Trukikaitis_Postimees, lk 57
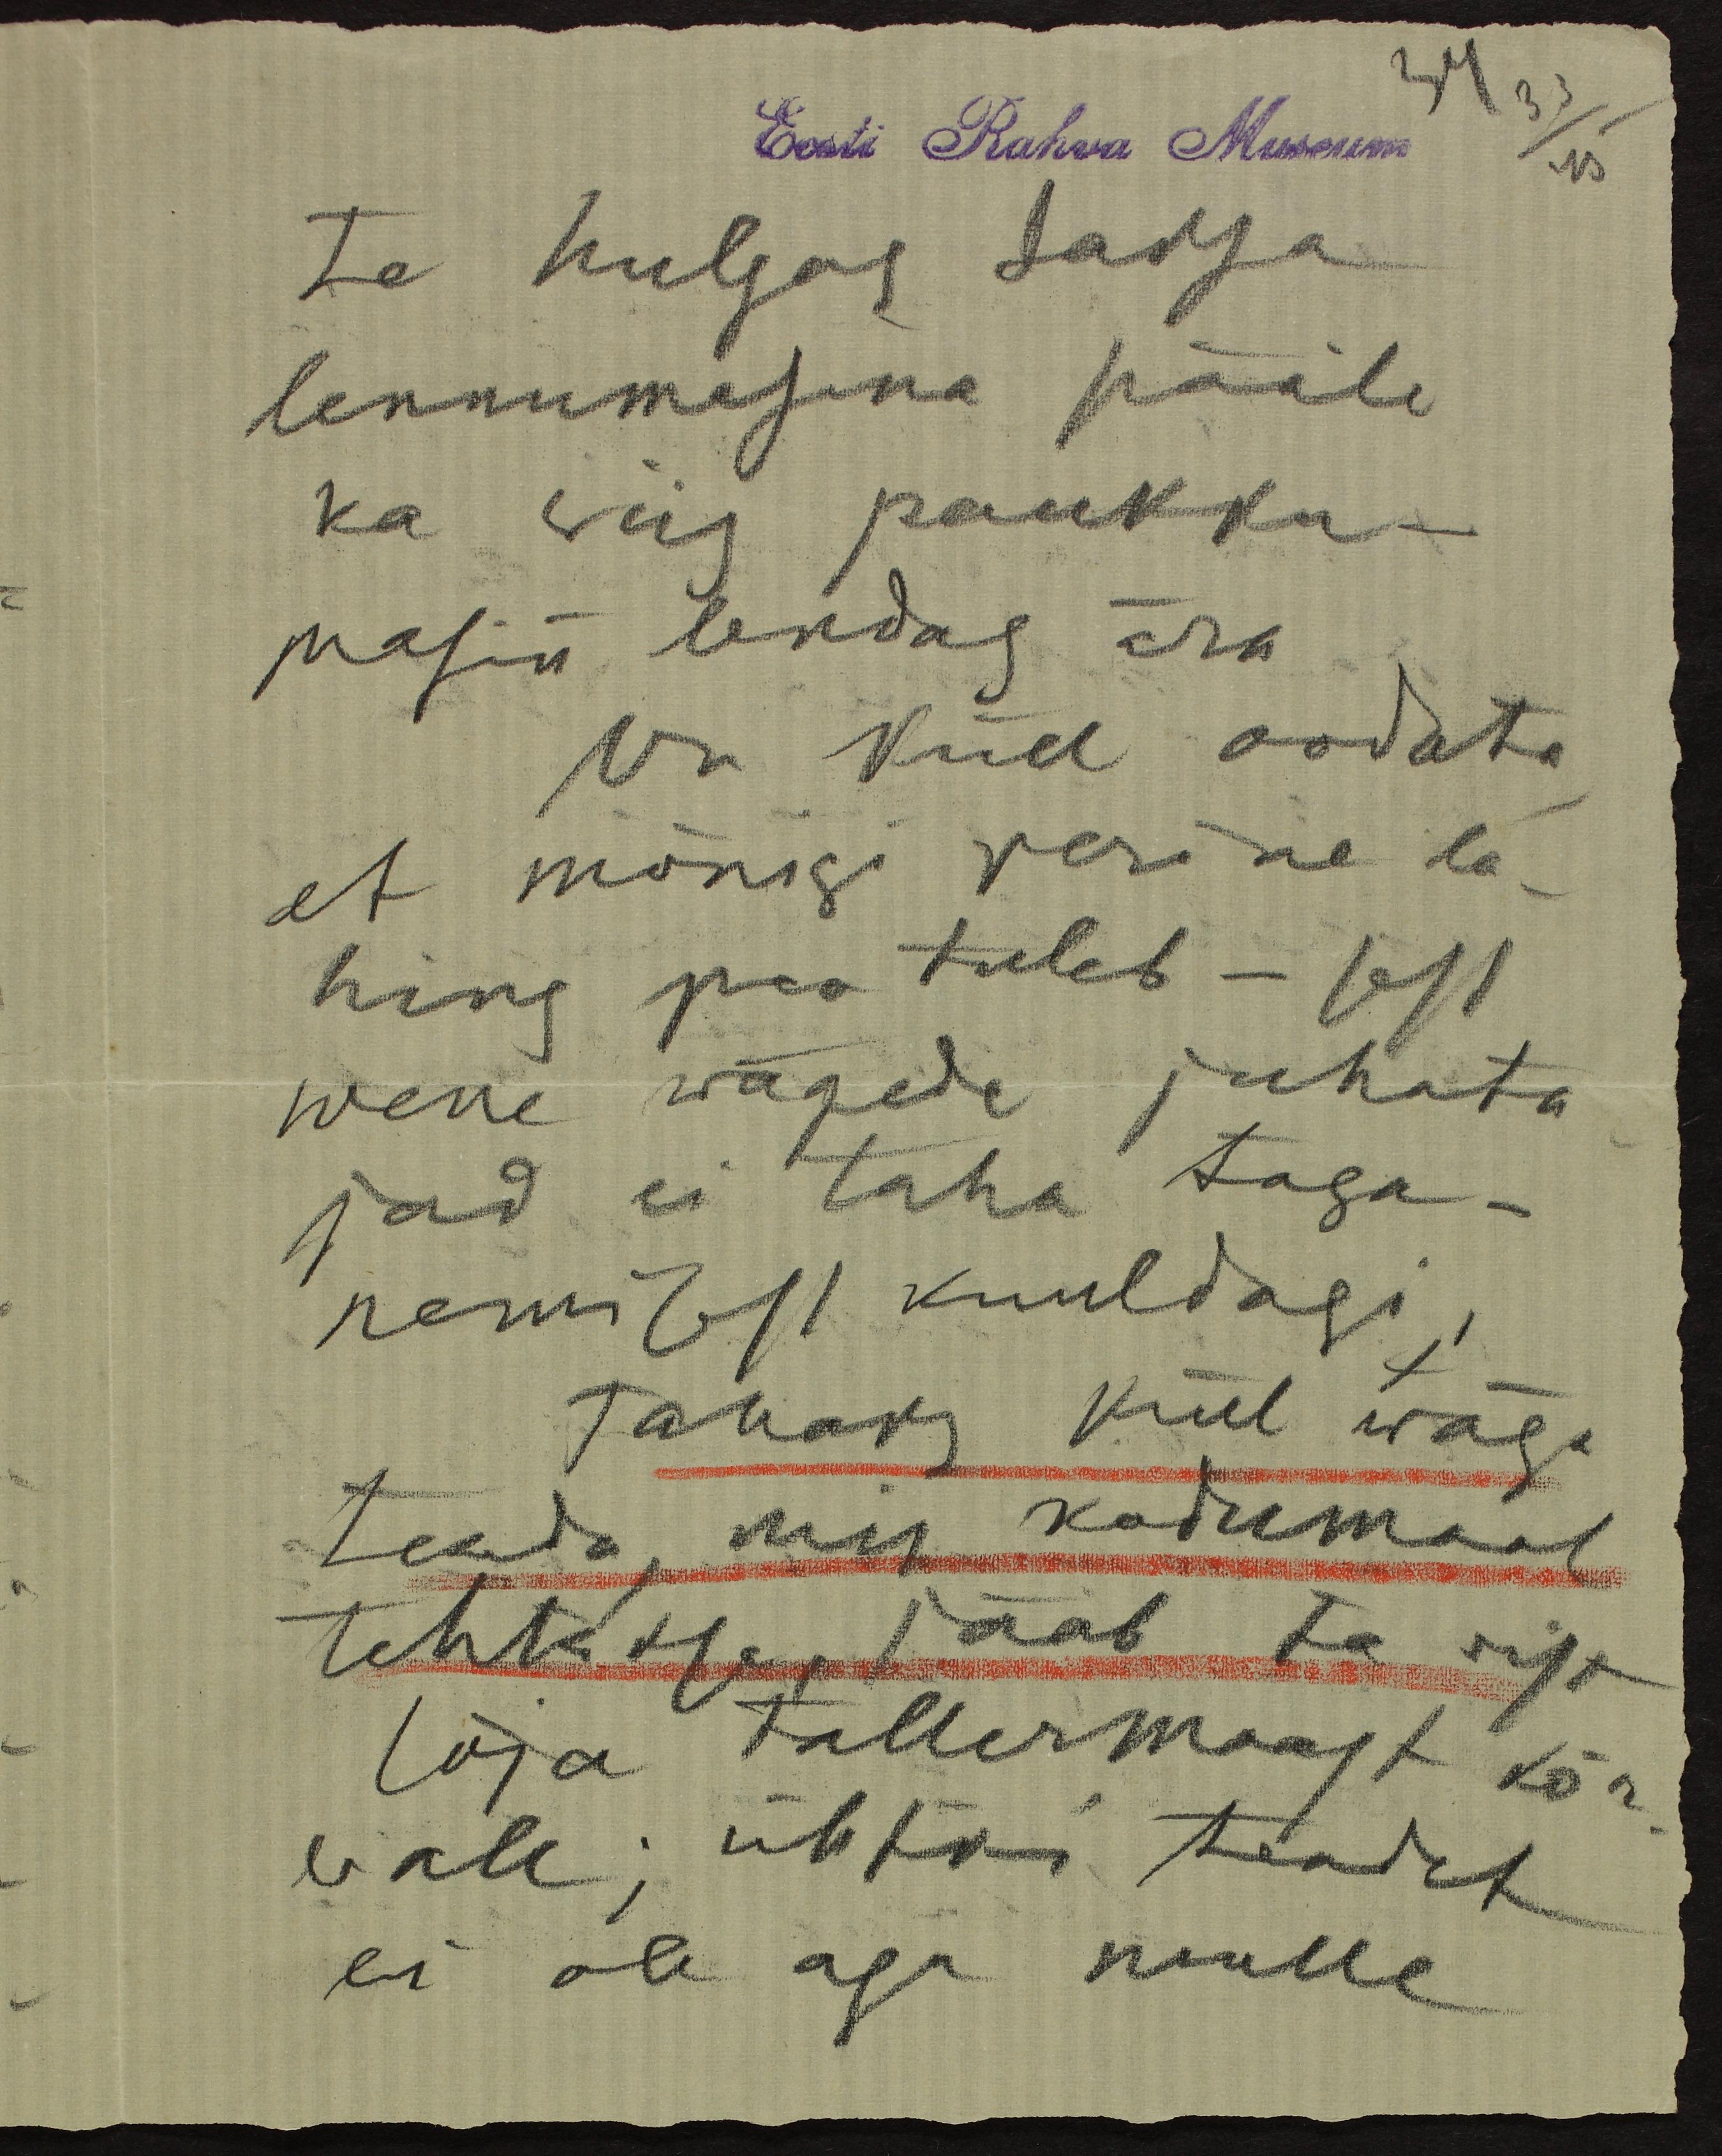
Eesti Rahva Museum
34 33
45
te hulgas saksa
lennumasina pääle
ka viis paukku -
masin lendas ära
On küll oodata,
et mõnigi verine la-
hing pea tuleb - sest
wene wägede juhata
jad ei taha taga-
nemisest kuuldagi,
Tahaks küll wäga
teada, mis kodumaal
tehtakse, jääb ta vist
sõja tallermaast kõr-
vale; ühtki teadet
ei ole aga mulle